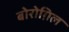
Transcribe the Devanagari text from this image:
बोरोग़िल